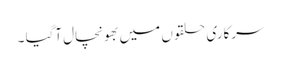
سرکاری حلقوں میں بھونچال آگیا ۔